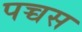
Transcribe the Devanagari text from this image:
पच्चस